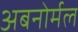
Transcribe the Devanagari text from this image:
अबनोर्मल